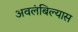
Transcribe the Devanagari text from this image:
अवलंबिल्यास